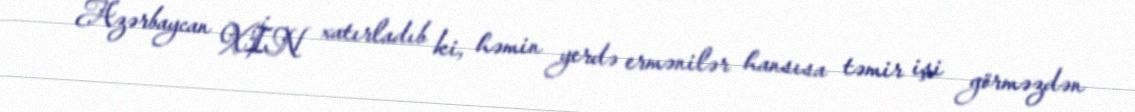
Azərbaycan XİN xatırladıb ki, həmin yerdə ermənilər hansısa təmir işi görməzdən